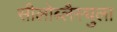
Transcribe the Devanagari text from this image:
सीलोब्लैस्चुला